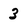
Character: 3